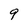
Character: 9